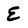
Character: E